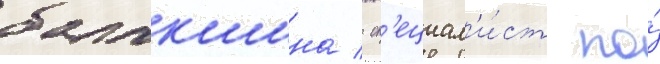
балакшина / сп'ециал'и́ст по́